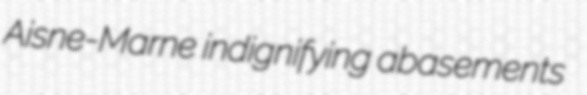
Aisne-Marne indignifying abasements